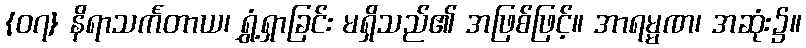
{၀၇} နိရာသင်္ကတာယ၊ ရွှံ့ရှာခြင်း မရှိသည်၏ အဖြစ်ဖြင့်။ အာရမ္မဏ၊ အဆုံး၌။